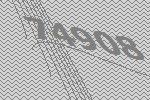
74908